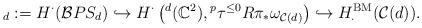
LaTeX: \begin{align*} _d:=H^\cdot(\mathcal{B}PS_d)\hookrightarrow H^\cdot \left(^d(\mathbb{C}^2), {}^p\tau^{\leq 0}R\pi_*\omega_{\mathcal{C}(d)}\right)\hookrightarrow H^{\mathrm{BM}}_\cdot(\mathcal{C}(d)).\end{align*}